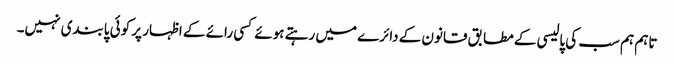
تاہم ہم سب کی پالیسی کے مطابق قانون کے دائرے میں رہتے ہوئے کسی رائے کے اظہار پر کوئی پابندی نہیں۔